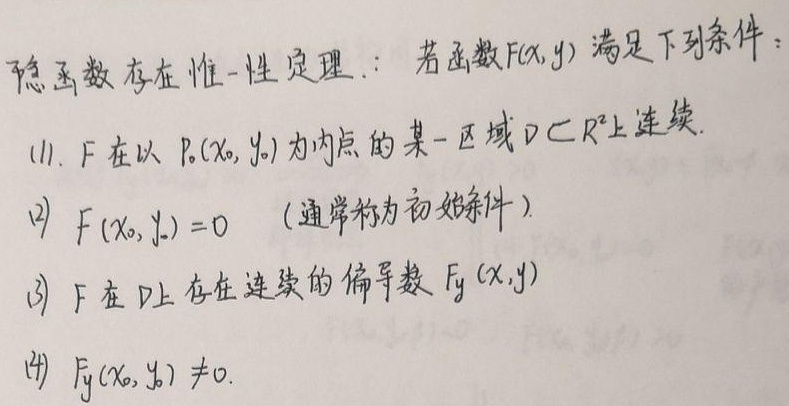
隐函数存在惟一性定理：若函数\(F(x, y)\)满足下列条件：
(1). \(F\)在以 \(P_0(x_0, y_0)\)为内点的某一区域 \(D\subset \mathbb{R}^2\)上连续。
(2) \(F(x_0, y_0)=0\) （通常称为初始条件）
(3) \(F\)在 \(D\)上存在连续的偏导数 \(F_y(x, y)\)
(4) \(F_y(x_0, y_0)\neq0\)。